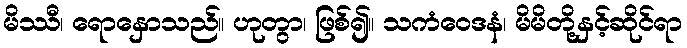
မိဿီ၊ ရောနှောသည်။ ဟုတွာ၊ ဖြစ်၍။ သကံဝေဒနံ၊ မိမိတို့နှင့်ဆိုင်ရာ